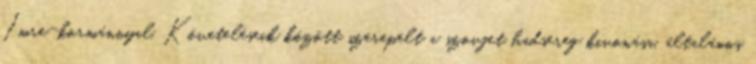
Imre-kormánnyal. Követeléseik között szerepelt a szovjet hadsereg kivonása, általános